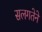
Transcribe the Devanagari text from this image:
सलगतेने